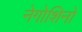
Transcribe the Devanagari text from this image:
नेगोशिनो